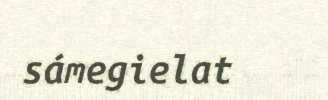
sámegielat